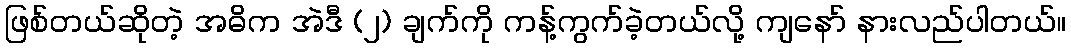
ဖြစ်တယ်ဆိုတဲ့ အဓိက အဲဒီ (၂) ချက်ကို ကန့်ကွက်ခဲ့တယ်လို့ ကျနော် နားလည်ပါတယ်။